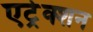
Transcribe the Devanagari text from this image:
एट्रेक्शन